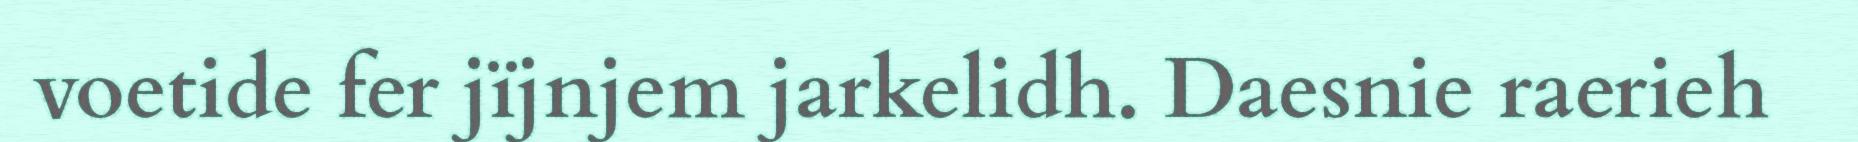
voetide fer jïjnjem jarkelidh. Daesnie raerieh